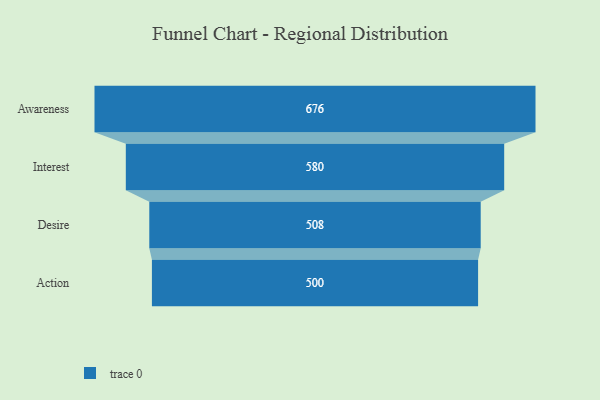
{"axis": {"x": "Stage", "y": "Value"}, "legend": [""], "data": [{"x": "Awareness", "y": 676.0, "type": ""}, {"x": "Interest", "y": 580.0, "type": ""}, {"x": "Desire", "y": 508.0, "type": ""}, {"x": "Action", "y": 500, "type": ""}]}